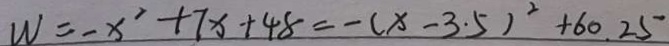
W = - x ^ { 2 } + 7 x + 4 8 = - ( x - 3 . 5 ) ^ { 2 } + 6 0 . 2 5